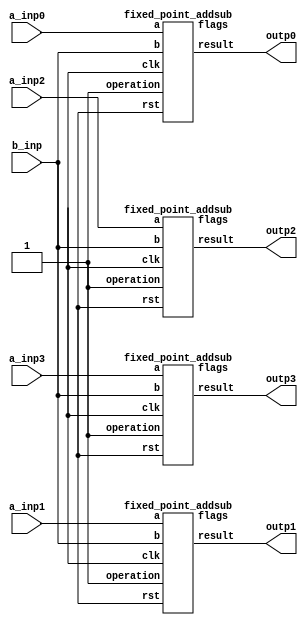
`define SIMULATION_MEMORY
//`define SIMULATION_addfp
`define VECTOR_DEPTH 64 //Q,K,V vector size
`define DATA_WIDTH 16
`define VECTOR_BITS 1024 // 16 bit each (16x64)
`define NUM_WORDS 32   //num of words in the sentence
`define BUF_AWIDTH 4 //16 entries in each buffer ram
`define BUF_LOC_SIZE 4 //4 words in each addr location
`define OUT_RAM_DEPTH 512 //512 entries in output bram
`define EXPONENT 8
`define MANTISSA 7
`define EXPONENT 5
`define MANTISSA 10
`define SIGN 1
`define DWIDTH (`SIGN+`EXPONENT+`MANTISSA)
`define DEFINES_DONE
`define DATAWIDTH (`SIGN+`EXPONENT+`MANTISSA)
`define IEEE_COMPLIANCE 1
`define NUM 4
`define ADDRSIZE 4

module mode2_sub(
  a_inp0,
  a_inp1,
  a_inp2,
  a_inp3,
  outp0,
  outp1,
  outp2,
  outp3,
  b_inp
);

  input  [`DATAWIDTH-1 : 0] a_inp0;
  input  [`DATAWIDTH-1 : 0] a_inp1;
  input  [`DATAWIDTH-1 : 0] a_inp2;
  input  [`DATAWIDTH-1 : 0] a_inp3;
  output  [`DATAWIDTH-1 : 0] outp0;
  output  [`DATAWIDTH-1 : 0] outp1;
  output  [`DATAWIDTH-1 : 0] outp2;
  output  [`DATAWIDTH-1 : 0] outp3;
  input  [`DATAWIDTH-1 : 0] b_inp;


  wire clk_NC;
  wire rst_NC;
  wire [4:0] flags_NC0, flags_NC1, flags_NC2, flags_NC3;

  // 0 add, 1 sub
  fixed_point_addsub sub0(.clk(clk_NC), .rst(rst_NC), .a(a_inp0),	.b(b_inp), .operation(1'b1),	.result(outp0), .flags(flags_NC0));
  fixed_point_addsub sub1(.clk(clk_NC), .rst(rst_NC), .a(a_inp1),	.b(b_inp), .operation(1'b1),	.result(outp1), .flags(flags_NC1));
  fixed_point_addsub sub2(.clk(clk_NC), .rst(rst_NC), .a(a_inp2),	.b(b_inp), .operation(1'b1),	.result(outp2), .flags(flags_NC2));
  fixed_point_addsub sub3(.clk(clk_NC), .rst(rst_NC), .a(a_inp3),	.b(b_inp), .operation(1'b1),	.result(outp3), .flags(flags_NC3));

//  DW_fp_sub #(`MANTISSA, `EXPONENT, `IEEE_COMPLIANCE) sub0(.a(a_inp0), .b(b_inp), .z(outp0), .rnd(3'b000), .status());
//  DW_fp_sub #(`MANTISSA, `EXPONENT, `IEEE_COMPLIANCE) sub1(.a(a_inp1), .b(b_inp), .z(outp1), .rnd(3'b000), .status());
//  DW_fp_sub #(`MANTISSA, `EXPONENT, `IEEE_COMPLIANCE) sub2(.a(a_inp2), .b(b_inp), .z(outp2), .rnd(3'b000), .status());
//  DW_fp_sub #(`MANTISSA, `EXPONENT, `IEEE_COMPLIANCE) sub3(.a(a_inp3), .b(b_inp), .z(outp3), .rnd(3'b000), .status());
endmodule

module fixed_point_addsub(
		clk,
		rst,
		a,
		b,
		operation,			// 0 add, 1 sub
		result,
		flags
	);
	
	// Clock and reset
	input clk ;										// Clock signal
	input rst ;										// Reset (active high, resets pipeline registers)
	
	// Input ports
  input [`DATAWIDTH-1:0] a ;								// Input A, a 32-bit floating point number
  input [`DATAWIDTH-1:0] b ;								// Input B, a 32-bit floating point number
	input operation ;								// Operation select signal
	
	// Output ports
  output reg [`DATAWIDTH-1:0] result ;						// Result of the operation
	output [4:0] flags ;							// Flags indicating exceptions according to IEEE754
	
  reg [`DATAWIDTH:0] result_t ;
  wire [`DATAWIDTH-1:0] b_t ;
	
	assign b_t = ~b + 1;
	
	always@(*) begin
      if (operation == 1'b0) begin
			result_t = a + b;
		end
		else begin
			result_t = a + b_t;
		end
	end

	
	always @ (*) begin	
		if (result_t[16] == 1'b1 && operation == 1'b0) begin
			result = 16'h7000;
		end
		else if (result_t[16] == 1'b1 && operation == 1'b1) begin
			result = 16'h8000;
		end
		else begin
			result = result_t[15:0];
		end
	end
	// Pipeline Registers
	//reg [79:0] pipe_1;							// Pipeline register PreAlign->Align1
	
	
endmodule